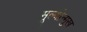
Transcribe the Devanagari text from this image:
मूल्योन्मुख